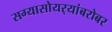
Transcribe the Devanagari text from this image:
सग्यासोयर्‍यांबरोबर